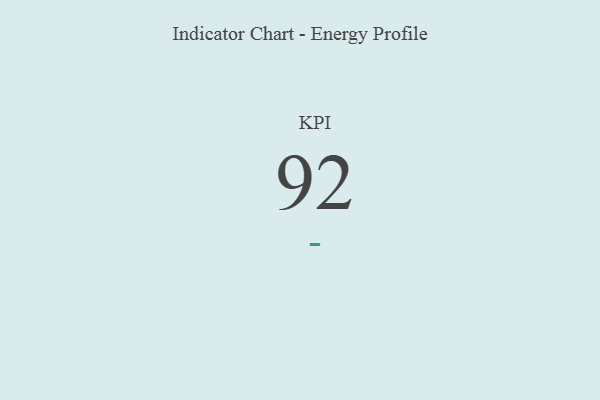
{"axis": {"x": "KPI", "y": "Value"}, "legend": [""], "data": [{"x": "KPI", "y": 92, "type": ""}]}